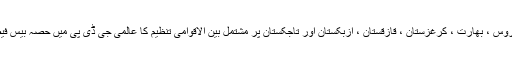
چین ، پاکستان ، روس ، بھارت ، کرغزستان ، قازقستان ، ازبکستان اور تاجکستان پر مشتمل بین الاقوامی تنظیم کا عالمی جی ڈی پی میں حصہ بیس فیصد سے زائد ہے۔